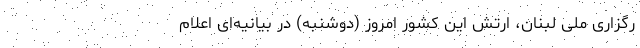
رگزاری ملی لبنان، ارتش این کشور امروز (دوشنبه) در بیانیه‌ای اعلام